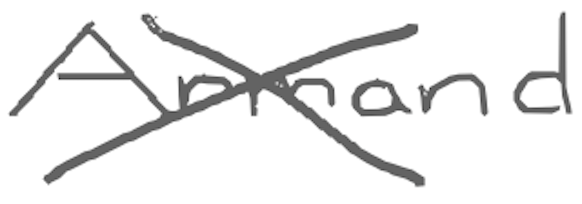
Text: Armand
Cross-out: mix
Writing tool: digital_gray